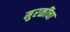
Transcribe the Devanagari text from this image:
मुरळींचा